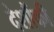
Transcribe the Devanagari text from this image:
देशौंकी